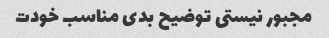
مجبور نیستی توضیح بدی مناسب خودت